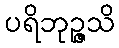
ပရိဘုဉ္ဇသိ